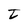
Character: t